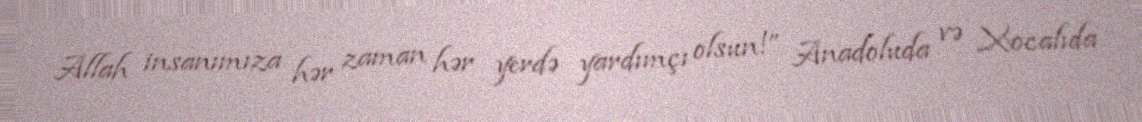
Allah insanımıza hər zaman hər yerdə yardımçı olsun!” Anadoluda və Xocalıda